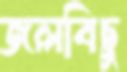
জলবিছু